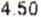
4.50